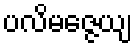
ပလိမဇ္ဇေယျ